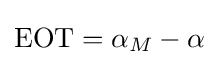
\mathrm {EOT} =\alpha _{M}-\alpha